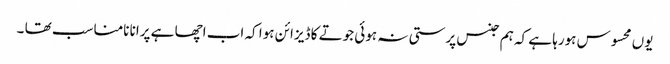
یوں محسوس ہورہا ہے کہ ہم جنس پرستی نہ ہوئی جوتے کا ڈیزائن ہوا کہ اب اچھا ہے پرانا نامناسب تھا ۔